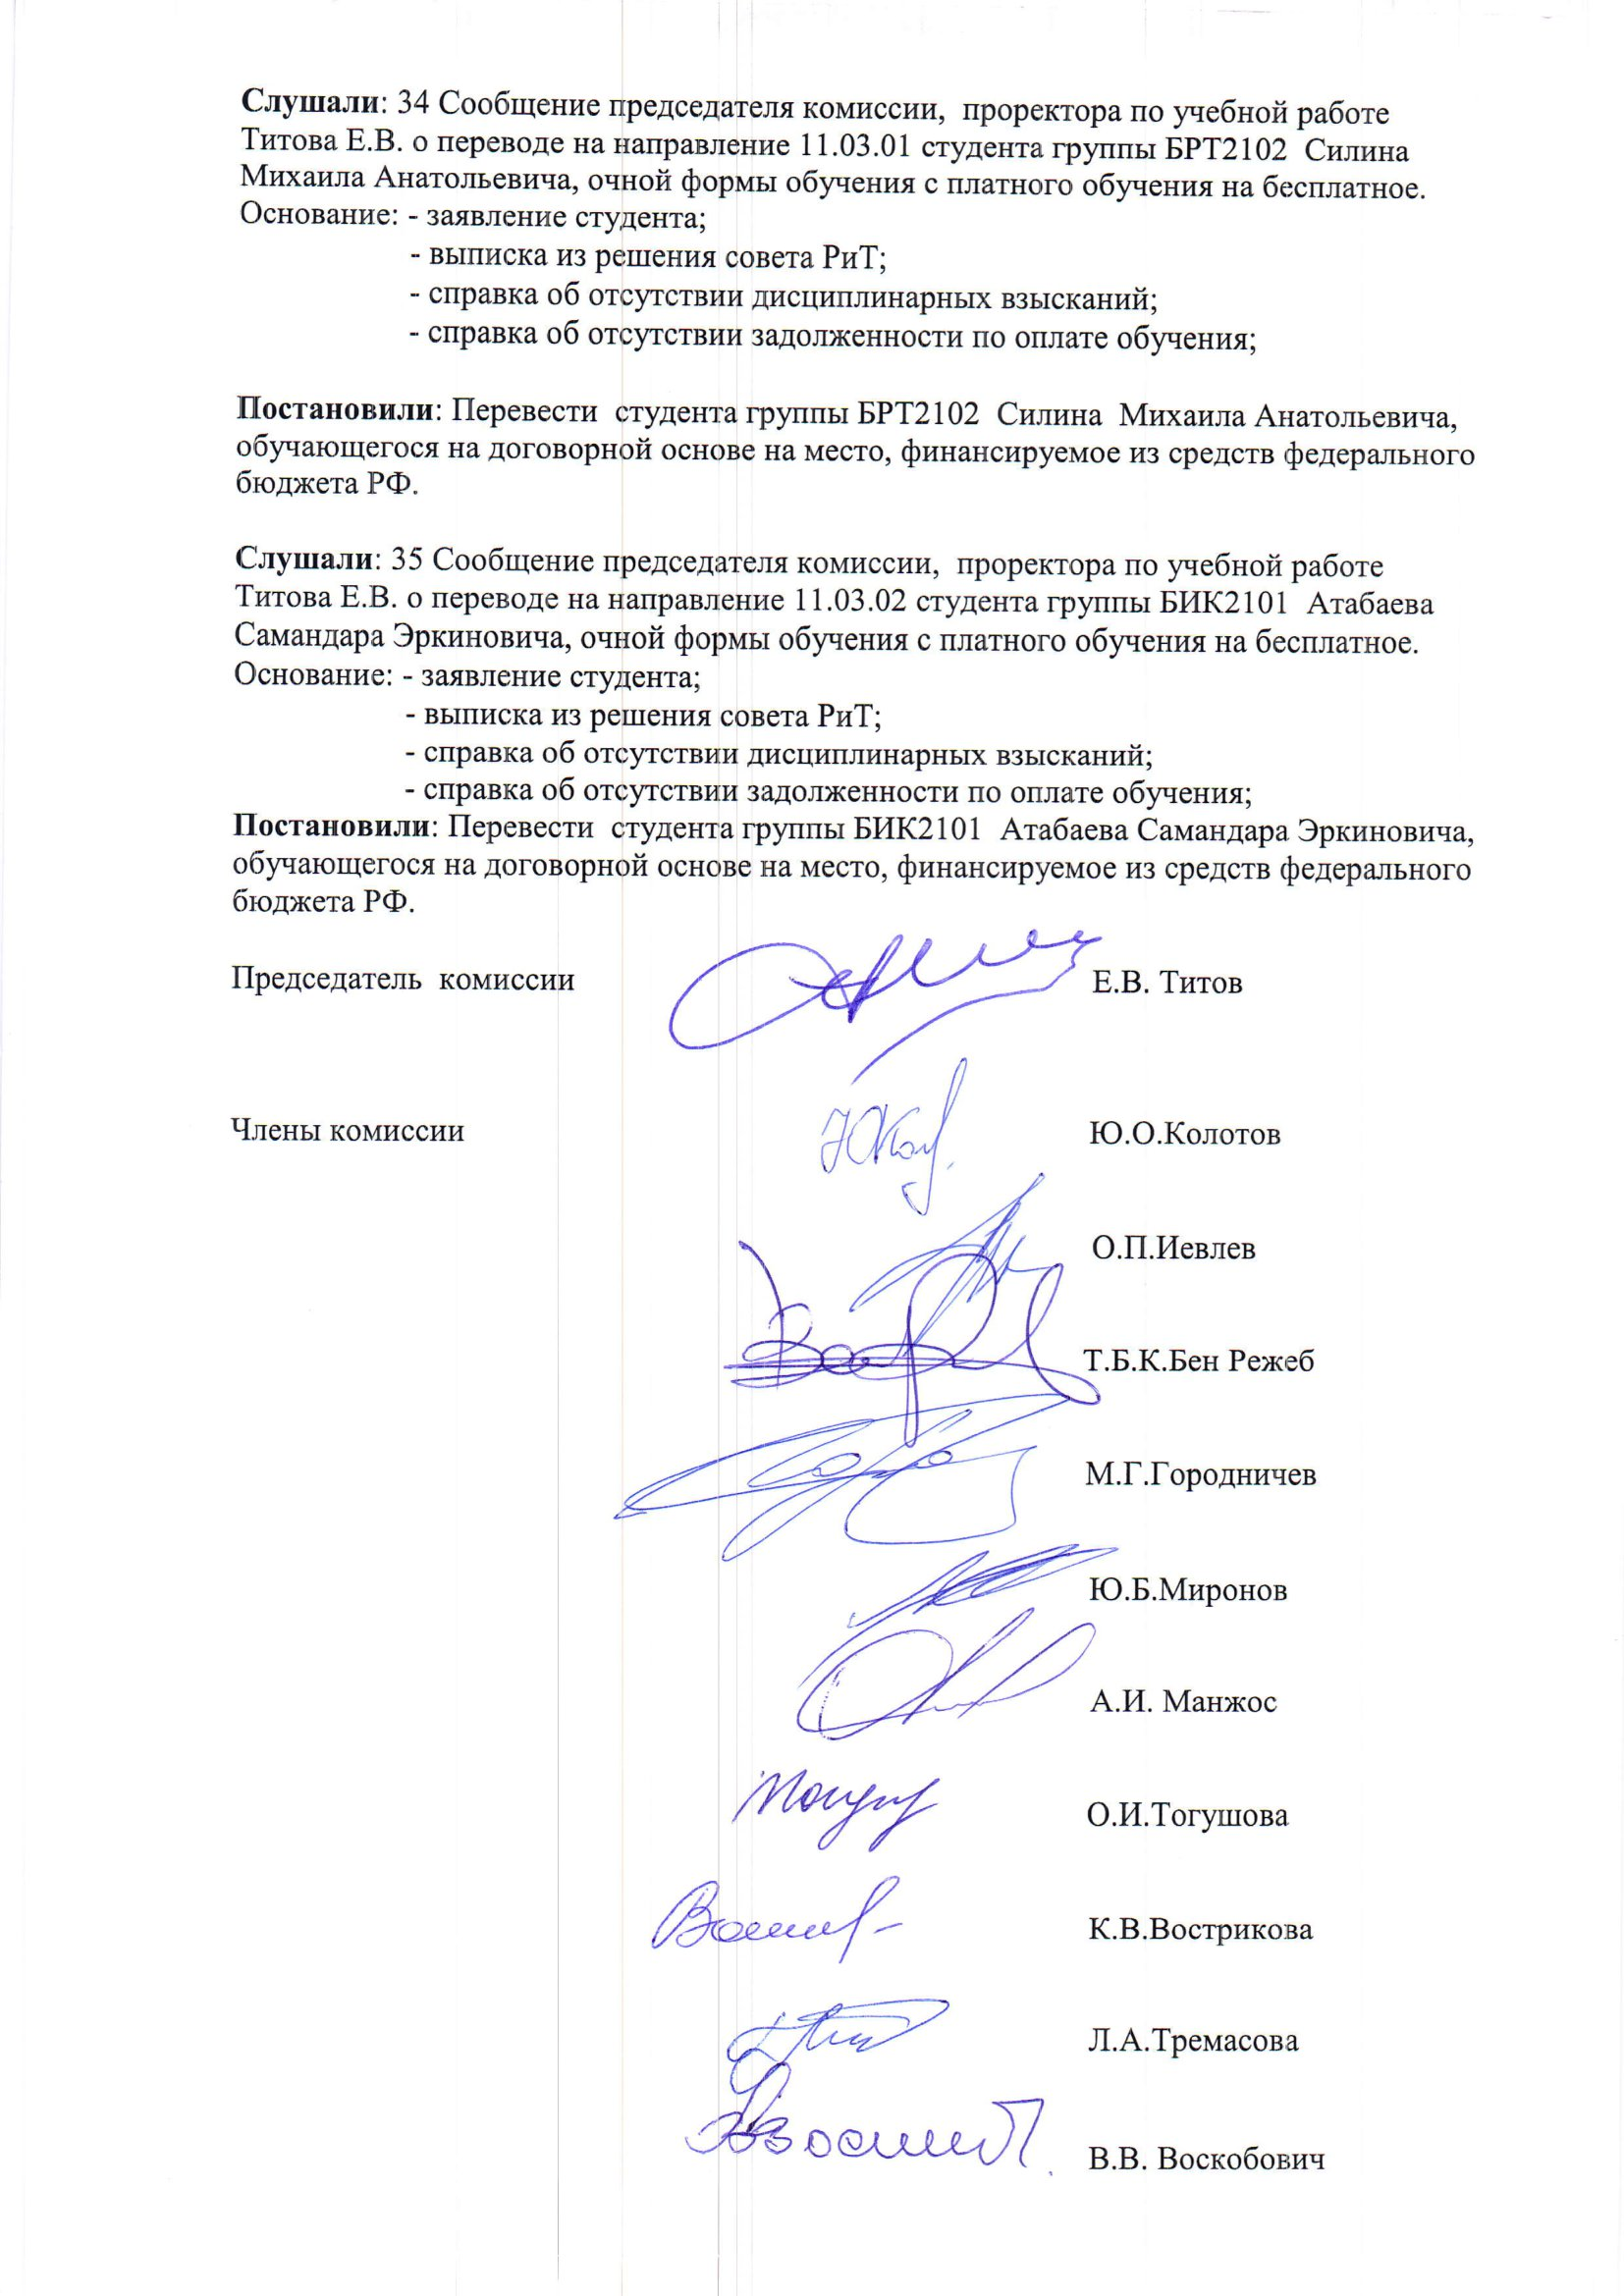
Language: ru